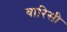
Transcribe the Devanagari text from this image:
वारिसी